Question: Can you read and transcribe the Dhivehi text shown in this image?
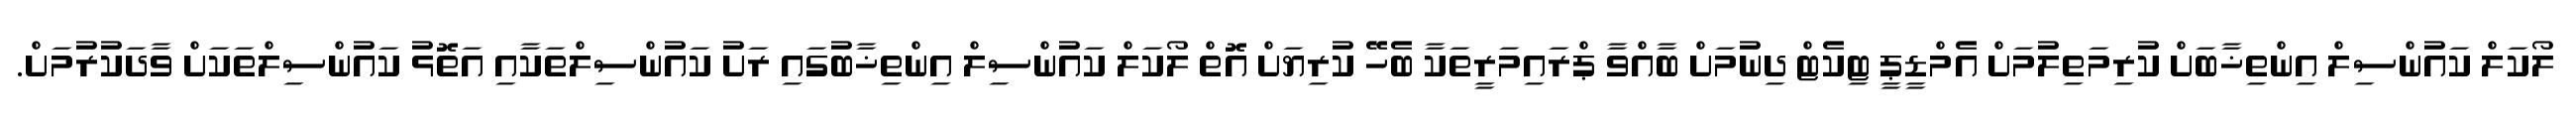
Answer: ލޯކަލް ކައުންސިލް އިންތިޚާބަށް ކުރިމަތިލުމަށް އެމްޑީޕީ ޓިކެޓް ދިނުމަށް ބާއްވާ ޕްރައިމަރީތަކާ ބެހޭ ކުރިޔަށް އޮތް ލޯކަލް ކައުންސިލް އިންތިޚާބުގައި ރަށު ކައުންސިލްތަކާއި އަތޮޅު ކައުންސިލްތަކަށް ވާދަކުރުމަށް.